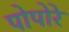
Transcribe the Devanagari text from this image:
पोपोरे